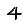
Digit: 4